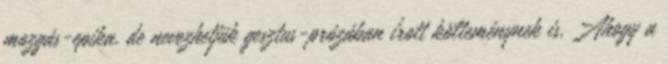
mozgás-epika, de nevezhetjük gesztus-prózában írott költeménynek is. Ahogy a